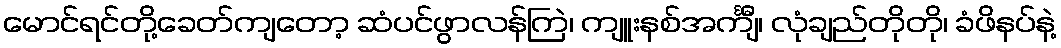
မောင်ရင်တို့ခေတ်ကျတော့ ဆံပင်ဖွာလန်ကြဲ၊ ကျူးနစ်အင်္ကျီ၊ လုံချည်တိုတို၊ ခံဖိနပ်နဲ့